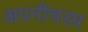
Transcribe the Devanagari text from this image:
अपनीचरम